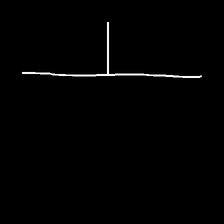
Glyph: column